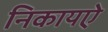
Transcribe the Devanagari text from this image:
निकायऐ